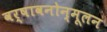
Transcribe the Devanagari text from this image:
वर्षावनोन्मूलन